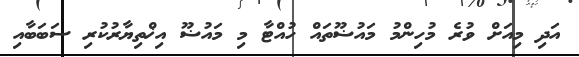
އަދި މިއަށް ވުރެ މުހިންމު މައުޟޫތައް ހުއްޓާ މި މައުޟޫ އިޚްތިޔާރުކުރި ސަބަބާއި